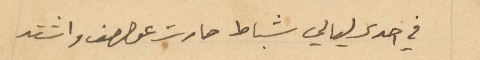
في احدى ليالي شباط صارت عواصف واشتد